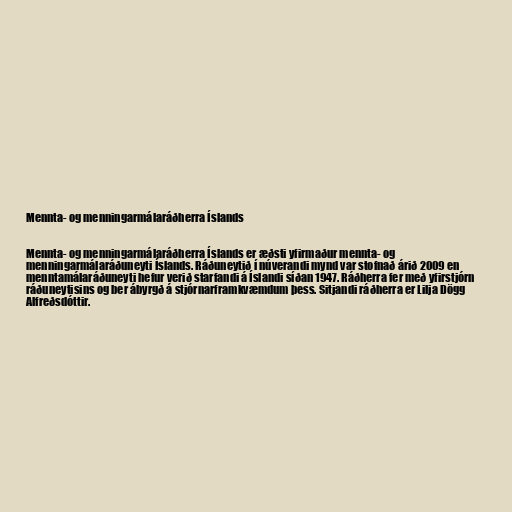
Mennta- og menningarmálaráðherra Íslands

Mennta- og menningarmálaráðherra Íslands er æðsti yfirmaður mennta- og
menningarmálaráðuneyti Íslands. Ráðuneytið í núverandi mynd var stofnað árið 2009 en
menntamálaráðuneyti hefur verið starfandi á Íslandi síðan 1947. Ráðherra fer með yfirstjórn
ráðuneytisins og ber ábyrgð á stjórnarframkvæmdum þess. Sitjandi ráðherra er Lilja Dögg
Alfreðsdóttir.